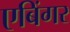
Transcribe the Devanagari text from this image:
एबिंगर